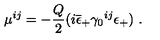
\mu ^ { i j } = - { \frac { Q } { 2 } } ( i \overline { { \epsilon } } _ { + } \gamma _ { 0 } { } ^ { i j } \epsilon _ { + } ) \ .